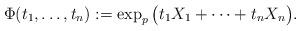
LaTeX: \begin{align*}\Phi(t_1,\dots,t_n):=\exp_p\big(t_1X_1+\cdots+t_nX_n\big).\end{align*}